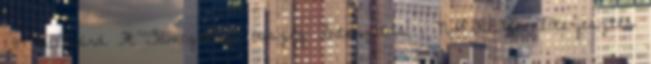
1,84 milliárd Ft Támogatási összeg Intenzitás . NAPIREND Előterjesztés